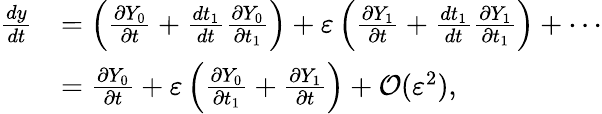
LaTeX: {\begin{array}{rl}{{\frac{dy}{dt}}}&{=\left({\frac{\partial Y_{0}}{\partial t}}+{\frac{dt_{1}}{dt}}{\frac{\partial Y_{0}}{\partial t_{1}}}\right)+\varepsilon\left({\frac{\partial Y_{1}}{\partial t}}+{\frac{dt_{1}}{dt}}{\frac{\partial Y_{1}}{\partial t_{1}}}\right)+\cdots}\\ &{={\frac{\partial Y_{0}}{\partial t}}+\varepsilon\left({\frac{\partial Y_{0}}{\partial t_{1}}}+{\frac{\partial Y_{1}}{\partial t}}\right)+{\mathcal{O}}(\varepsilon^{2}),}\end{array}}